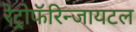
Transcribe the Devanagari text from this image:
रेट्रोफॅरिन्जायटल